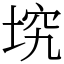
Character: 㙀